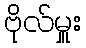
ဗိုလ်မှူး